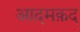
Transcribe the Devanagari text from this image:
आदमक़द